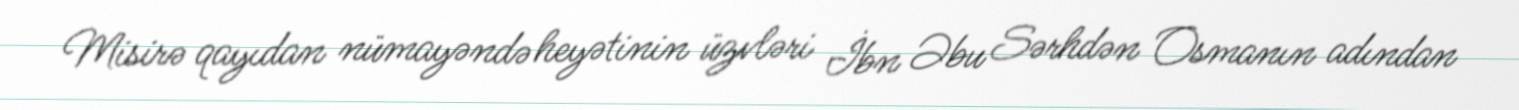
Misirə qayıdan nümayəndə heyətinin üzvləri İbn Əbu Sərhdən Osmanın adından